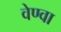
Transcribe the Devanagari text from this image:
वेण्वा